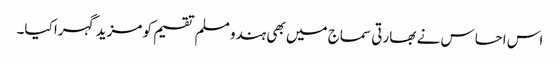
اس احساس نے بھارتی سماج میں بھی ہندو مسلم تقسیم کو مزید گہرا کیا۔